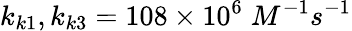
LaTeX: k_{k1},k_{k3}=108\times 10^{6}\; M^{-1}s^{-1}